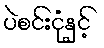
ပဲစင်းငုံနှင့်